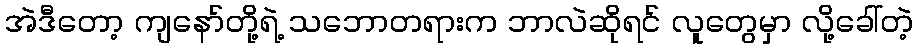
အဲဒီတော့ ကျနော်တို့ရဲ့ သဘောတရားက ဘာလဲဆိုရင် လူတွေမှာ လို့ခေါ်တဲ့